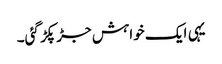
یہی ایک خواہش جڑ پکڑ گئی۔